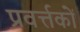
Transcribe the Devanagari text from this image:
प्रवर्त्तकों